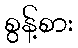
စွန့်စား